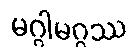
မဂ္ဂါမဂ္ဂဿ